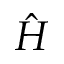
\hat { H }